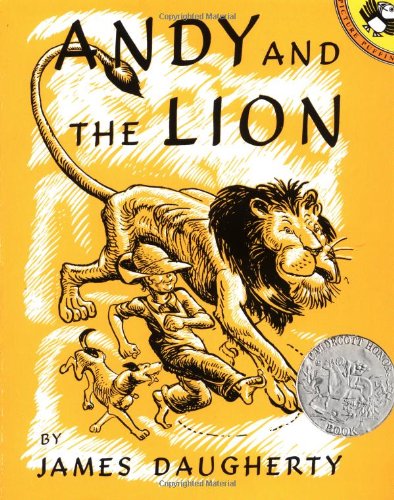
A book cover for Andy and the Lion (Picture Puffins); James Daugherty; Children's Books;